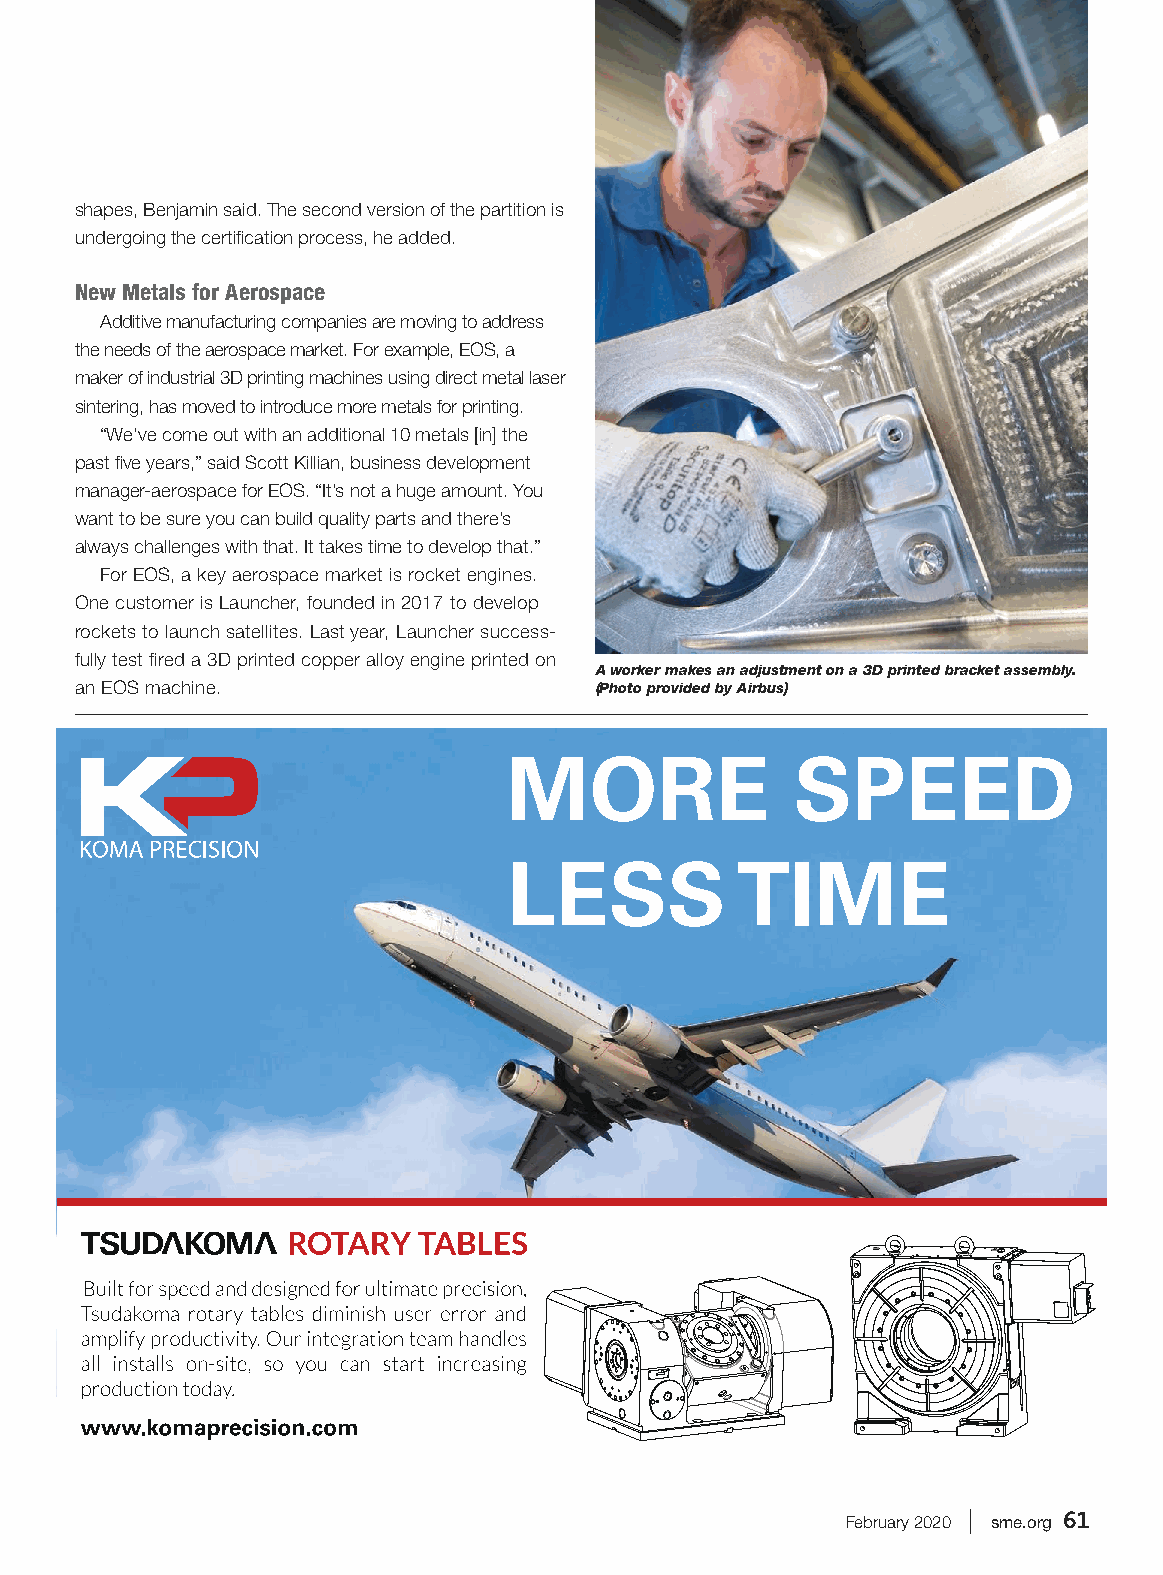
shapes, Benjamin said. The second version of the partition is
 undergoing the certification process, he added.
 New Metals for Aerospace
 Additive manufacturing companies are moving to address
 the needs of the aerospace market. For example, EOS, a
 maker of industrial 3D printing machines using direct metal laser
 sintering, has moved to introduce more metals for printing.
 “We’ve come out with an additional 10 metals [in] the
 past five years,” said Scott Killian, business development
 manager-aerospace for EOS. “It’s not a huge amount. You
 want to be sure you can build quality parts and there’s
 always challenges with that. It takes time to develop that.”
 For EOS, a key aerospace market is rocket engines.
 One customer is Launcher, founded in 2017 to develop
 rockets to launch satellites. Last year, Launcher success-
 fully test fired a 3D printed copper alloy engine printed on
 A worker makes an adjustment on a 3D printed bracket assembly.
 an EOS machine.                   (Photo provided by Airbus)
 February 2020 | sme.org 61